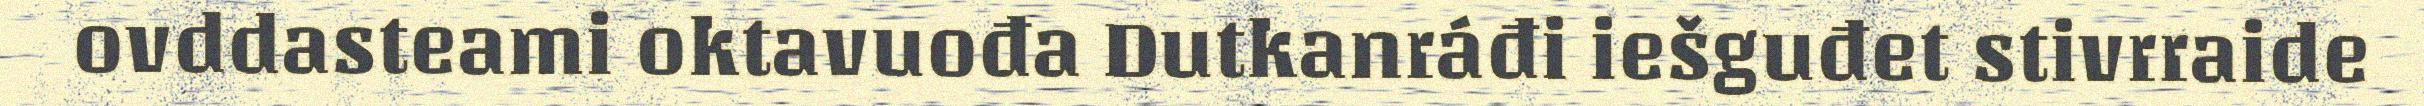
ovddasteami oktavuođa Dutkanráđi iešguđet stivrraide